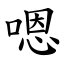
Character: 嗯